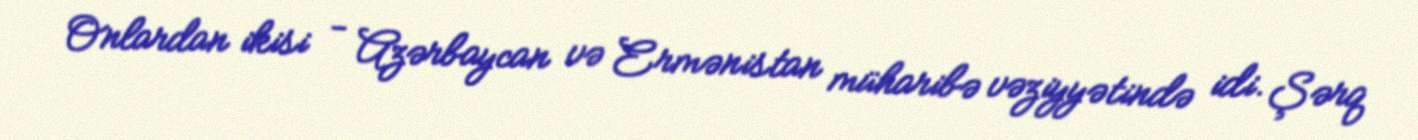
Onlardan ikisi - Azərbaycan və Ermənistan müharibə vəziyyətində idi. Şərq